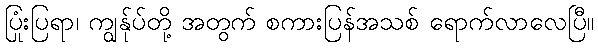
ပြုံးပြရာ၊ ကျွန်ုပ်တို့ အတွက် စကားပြန်အသစ် ရောက်လာလေပြီ။